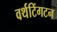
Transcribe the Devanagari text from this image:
वर्थटिंगटन